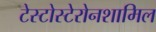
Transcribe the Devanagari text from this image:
टेस्टोस्टेरोनशामिल